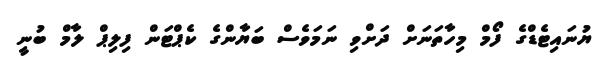
ޔުނައިޓެޑްގެ ފޯމް މިހާތަނަށް ދަށްވި ނަމަވެސް ބަޔާންގެ ކެޕްޓަން ފިލިޕް ލާމް ބުނީ